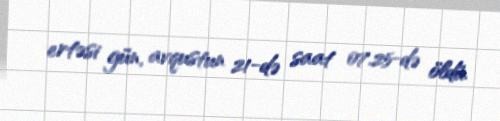
ertəsi gün, avqustun 21-də saat 07.25-də öldü.